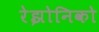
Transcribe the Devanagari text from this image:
रेझोनिको